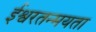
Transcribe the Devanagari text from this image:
ईश्वरतन्मयता